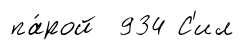
па́рой 934 С'ил